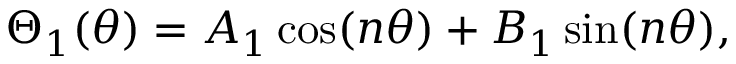
\Theta _ { 1 } ( \theta ) = A _ { 1 } \cos ( n \theta ) + B _ { 1 } \sin ( n \theta ) ,